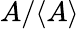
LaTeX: A/\langle A\rangle